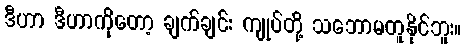
ဒီဟာ ဒီဟာကိုတော့ ချက်ချင်း ကျုပ်တို့ သဘောမတူနိုင်ဘူး။